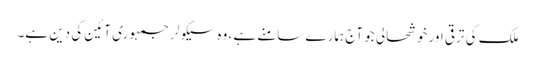
ملک کی ترقی اور خوشحالی جو آج ہمارے سامنے ہے، وہ سیکولر جمہوری آئین کی دین ہے۔